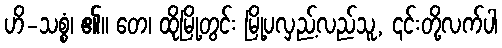
ဟိ-သစ္စံ၊ ၏။ တေ၊ ထိုမြို့တွင်း မြို့ပလှည့်လည်သူ, ၎င်းတို့လက်ပါ